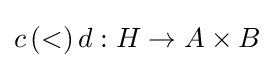
c\,(<)\,d:H\to A\times B